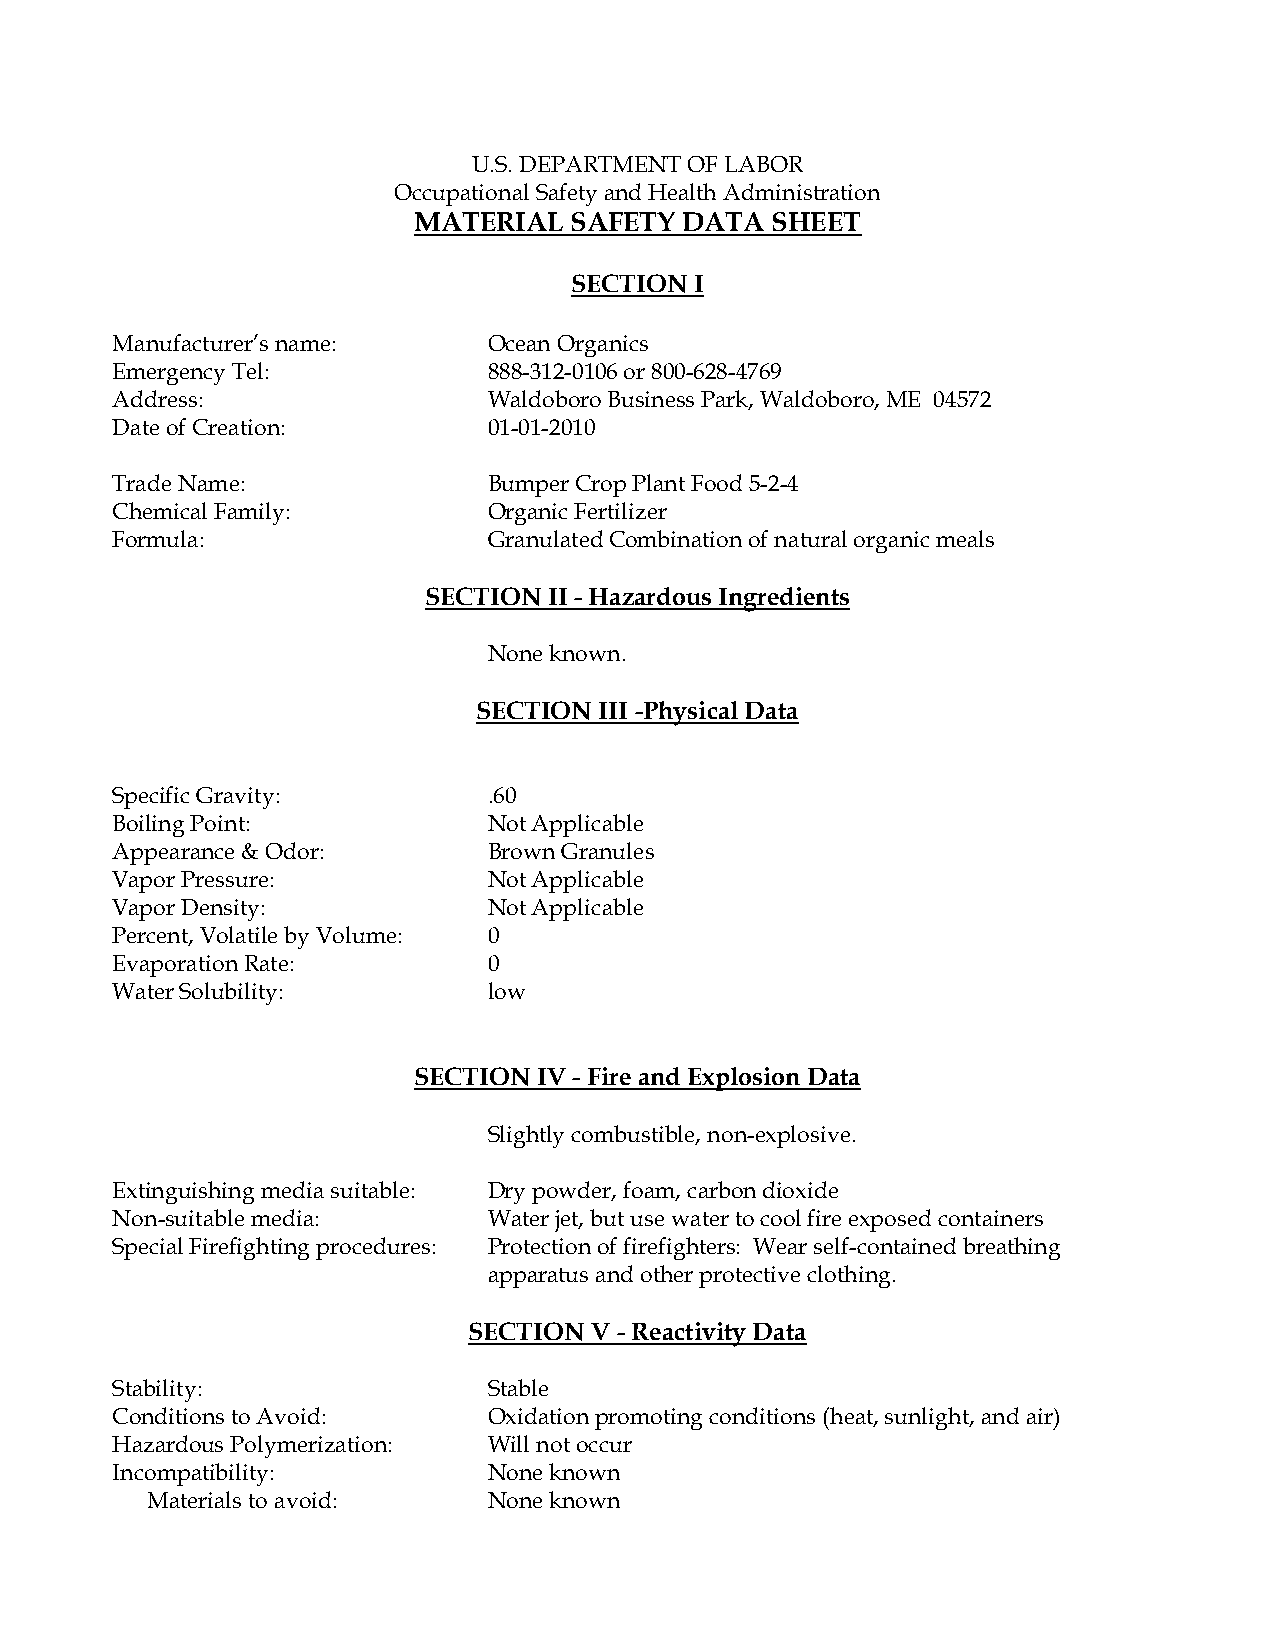
U.S. DEPARTMENT OF LABOR
 Occupational Safety and Health Administration
 MATERIAL   SAFETY DATA  SHEET
 SECTION I
 Manufacturer’s name:     Ocean Organics
 Emergency Tel:           888-312-0106 or 800-628-4769
 Address:                 Waldoboro Business Park, Waldoboro, ME 04572
 Date of Creation:        01-01-2010
 Trade Name:              Bumper Crop Plant Food 5-2-4
 Chemical Family:         Organic Fertilizer
 Formula:                 Granulated Combination of natural organic meals
 SECTION II - Hazardous Ingredients
 None known.
 SECTION III -Physical Data
 Specific Gravity:        .60
 Boiling Point:           Not Applicable
 Appearance & Odor:       Brown Granules
 Vapor Pressure:          Not Applicable
 Vapor Density:           Not Applicable
 Percent, Volatile by Volume: 0
 Evaporation Rate:        0
 Water Solubility:        low
 SECTION  IV - Fire and Explosion Data
 Slightly combustible, non-explosive.
 Extinguishing media suitable: Dry powder, foam, carbon dioxide
 Non-suitable media:      Water jet, but use water to cool fire exposed containers
 Special Firefighting procedures: Protection of firefighters: Wear self-contained breathing
 apparatus and other protective clothing.
 SECTION V - Reactivity Data
 Stability:               Stable
 Conditions to Avoid:     Oxidation promoting conditions (heat, sunlight, and air)
 Hazardous Polymerization: Will not occur
 Incompatibility:         None known
 Materials to avoid:   None known